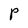
Character: P